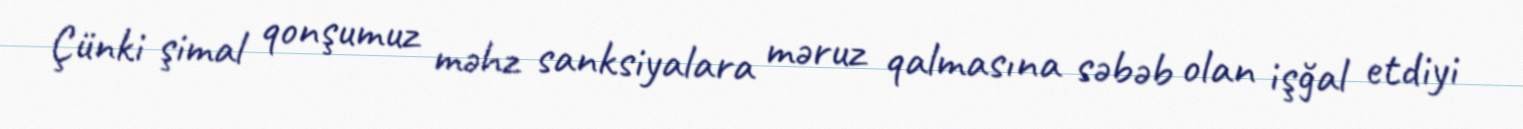
Çünki şimal qonşumuz məhz sanksiyalara məruz qalmasına səbəb olan işğal etdiyi